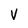
Character: V